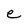
Character: e